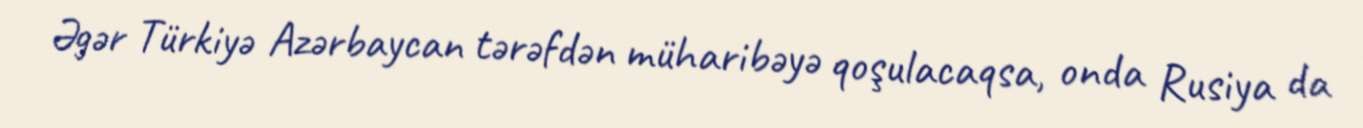
Əgər Türkiyə Azərbaycan tərəfdən müharibəyə qoşulacaqsa, onda Rusiya da